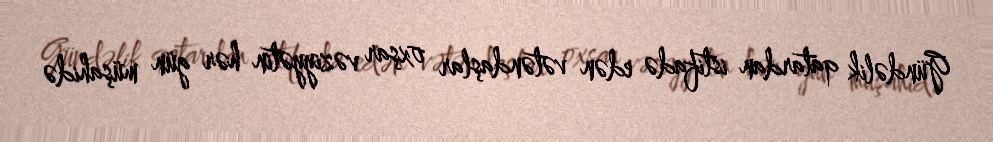
Gündəlik qatardan istifadə edən vətəndaşlar oxşar vəziyyətin hər gün müşahidə